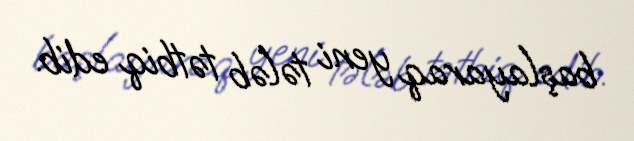
başlayaraq yeni tələb tətbiq edib.